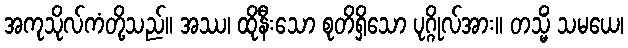
အကုသိုလ်ကံတို့သည်။ အဿ၊ ထိုနီးသော စုတိရှိသော ပုဂ္ဂိုလ်အား။ တသ္မိံ သမယေ၊